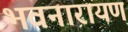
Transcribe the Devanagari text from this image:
भवनारायण